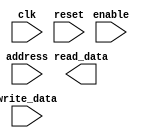
module SDRAM(
  input wire clk,
  input wire reset,
  input wire enable,
  input wire [7:0] address,
  input wire [7:0] write_data,
  output reg [7:0] read_data
);

// Memory block
reg [7:0] memory [0:255];

// State machine
reg [1:0] state;
parameter IDLE = 2'b00, ROW_ACTIVATION = 2'b01, COLUMN_ACCESS = 2'b10, PRECHARGE = 2'b11;

// Timing parameters
parameter tRAS = 10; // Row activation time
parameter tCAC = 5; // Column access time
parameter tRP = 3; // Precharge time

always @(posedge clk or posedge reset) begin
  if(reset) begin
    state <= IDLE;
  end else begin
    case(state)
      IDLE: begin
        if(enable) begin
          state <= ROW_ACTIVATION;
        end
      end
      ROW_ACTIVATION: begin
        // Perform row activation
        state <= COLUMN_ACCESS;
      end
      COLUMN_ACCESS: begin
        // Access specific column
        // read_data <= memory[address];
        // write_data to memory
        state <= PRECHARGE;
      end
      PRECHARGE: begin
        // Precharge memory
        state <= IDLE;
      end
    endcase
  end
end

endmodule